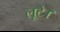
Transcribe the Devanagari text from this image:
लूटे।